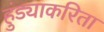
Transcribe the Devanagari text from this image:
हुंड्याकरिता